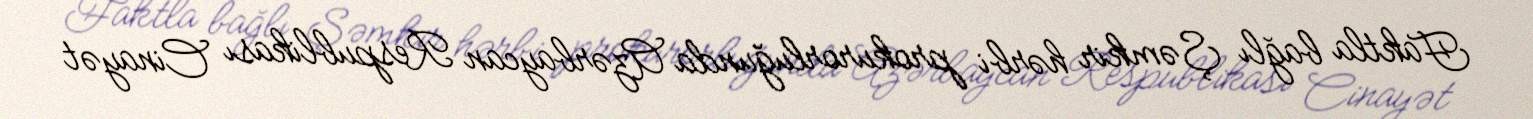
Faktla bağlı Şəmkir hərbi prokurorluğunda Azərbaycan Respublikası Cinayət